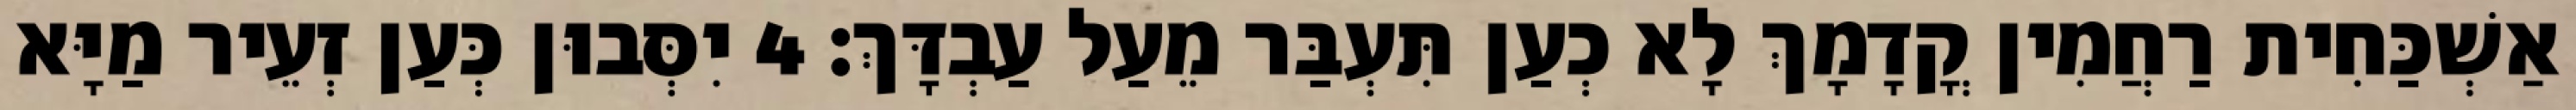
אַשְׁכַּחִית רַחֲמִין קֳדָמָךְ לָא כְעַן תִּעְבַּר מֵעַל עַבְדָּךְ׃ 4 יִסְּבוּן כְּעַן זְעֵיר מַיָּא